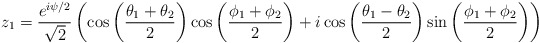
\begin{align*}z_1 = \frac{e^{i\psi/2}}{\sqrt{2}} \left(\cos \left(\frac{\theta_1+\theta_2}{2} \right)\cos \left(\frac{\phi_1 + \phi_2}{2} \right) + i \cos \left(\frac{\theta_1-\theta_2}{2} \right)\sin \left(\frac{\phi_1 + \phi_2}{2} \right)\right)\end{align*}